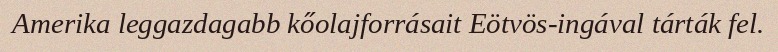
Amerika leggazdagabb kőolajforrásait Eötvös-ingával tárták fel.